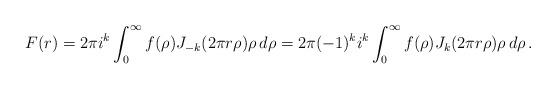
LaTeX: \begin{align*} F(r)=2\pi i^k\int_0^\infty f(\rho) J_{-k}(2\pi r\rho) \rho\,d\rho =2\pi (-1)^k i^k \int_0^\infty f(\rho) J_{k}(2\pi r\rho) \rho\,d\rho\,.\end{align*}